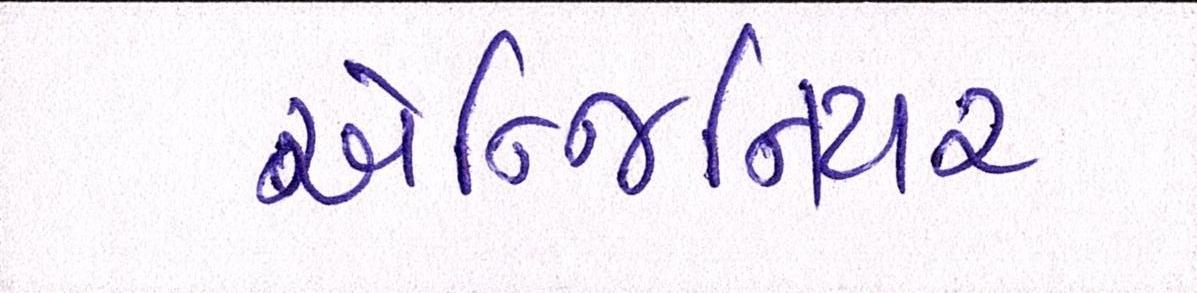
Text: એન્જિનિયર